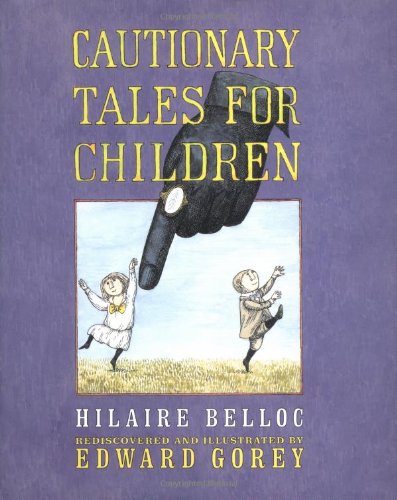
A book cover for Cautionary Tales for Children; Hilaire Belloc; Comics & Graphic Novels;